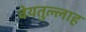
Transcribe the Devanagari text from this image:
बेयतुल्लाह